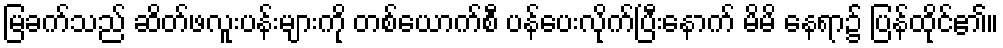
မြခက်သည် ဆိတ်ဖလူးပန်းများကို တစ်ယောက်စီ ပန်ပေးလိုက်ပြီးနောက် မိမိ နေရာ၌ ပြန်ထိုင်၏။